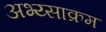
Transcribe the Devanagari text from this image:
अभ्य्साक्रम